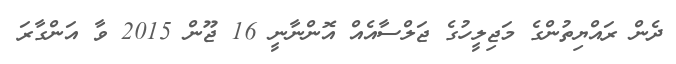
ދެން ރައްޔިތުންގެ މަޖިލީހުގެ ޖަލްސާއެއް އޮންނާނީ 16 ޖޫން 2015 ވާ އަންގާރަ